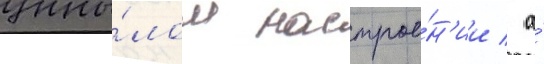
уны́лом настрое́н'ии / а́